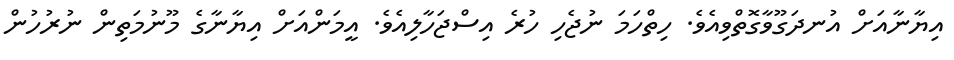
އިޔާނާއަށް އުނދަގޫވާގޮތްވިއެވެ. ހިތްހަމަ ނުޖެހި ހުރެ އިސްޖަހާލިއެވެ. އީމަންއަށް އިޔާނާގެ މޫނުމަތިން ނުރުހުން